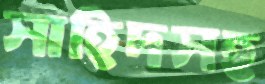
সাহিদসহ